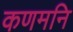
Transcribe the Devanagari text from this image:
कणमनि